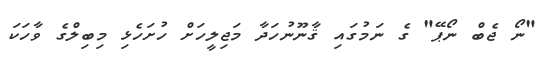
"ނޯ ޖެބް ނޯޕޭ" ގެ ނަމުގައި ޤާނޫނުހަދާ މަޖިލީހަށް ހުށަހެޅި މިބިލްގެ ވާހަކަ